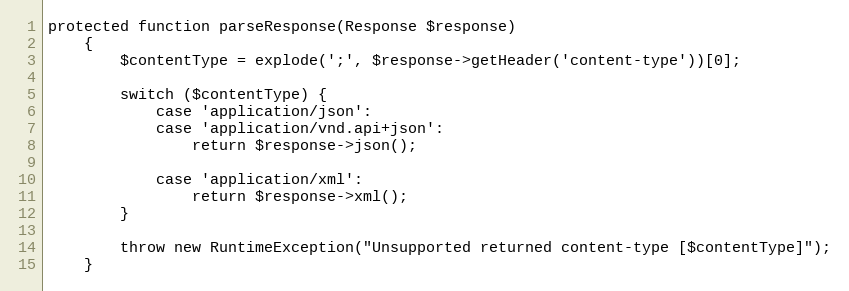
Language: PHP
protected function parseResponse(Response $response)
    {
        $contentType = explode(';', $response->getHeader('content-type'))[0];

        switch ($contentType) {
            case 'application/json':
            case 'application/vnd.api+json':
                return $response->json();

            case 'application/xml':
                return $response->xml();
        }

        throw new RuntimeException("Unsupported returned content-type [$contentType]");
    }